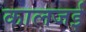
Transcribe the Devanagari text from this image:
कालजई